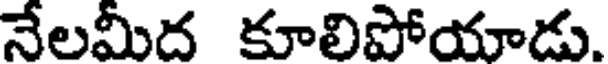
నేలమీద కూలిపోయాడు.